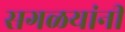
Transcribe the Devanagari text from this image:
सगळयांनी